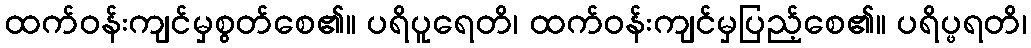
ထက်ဝန်းကျင်မှစွတ်စေ၏။ ပရိပူရေတိ၊ ထက်ဝန်းကျင်မှပြည့်စေ၏။ ပရိပ္ဖရတိ၊